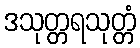
ဒသုတ္တရသုတ္တံ